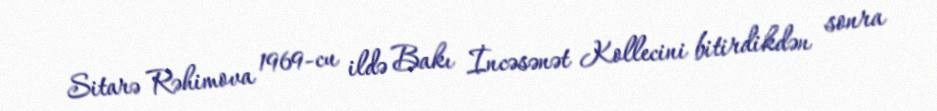
Sitarə Rəhimova 1969-cu ildə Bakı İncəsənət Kollecini bitirdikdən sonra